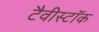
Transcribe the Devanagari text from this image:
टैवीस्टॉक